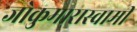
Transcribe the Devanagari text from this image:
जोकुमारास्वामी